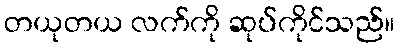
တယုတယ လက်ကို ဆုပ်ကိုင်သည်။